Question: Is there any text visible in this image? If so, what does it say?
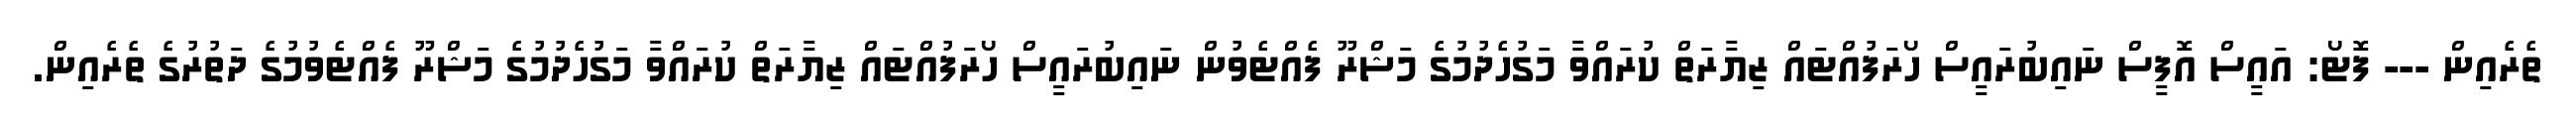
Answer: ތެރެއިން --- ފޮޓޯ: އައީސް އޮފީސް ނައިބުރައީސް ހޯރަފުއްޓައް ޒިޔާރަތް ކުރައްވާ މަގުހެދުމުގެ މަޝްރޫ ފެއްޓެވުން ނައިބުރައީސް ހޯރަފުއްޓައް ޒިޔާރަތް ކުރައްވާ މަގުހެދުމުގެ މަޝްރޫ ފެއްޓެވުމުގެ ދަތުރުގެ ތެރެއިން.